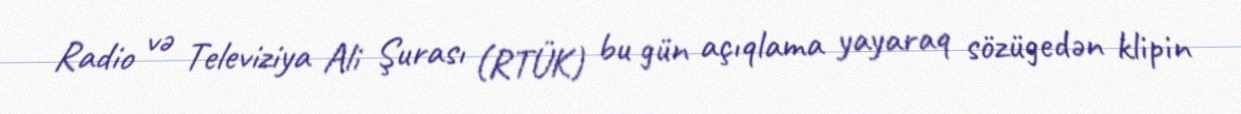
Radio və Televiziya Ali Şurası (RTÜK) bu gün açıqlama yayaraq sözügedən klipin